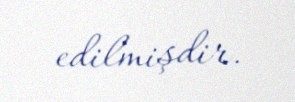
edilmişdir.